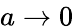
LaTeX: a\xrightarrow[]{}0